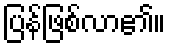
ပြန်ဖြစ်လာ၏။